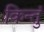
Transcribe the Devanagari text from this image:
किन्तुं